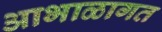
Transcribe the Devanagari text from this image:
आभाळागत